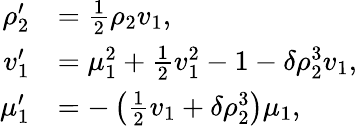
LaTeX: \begin{array}{rl}{\rho_{2}^{\prime}}&{=\frac 12\rho_{2}v_{1},}\\ {v_{1}^{\prime}}&{=\mu_{1}^{2}+\frac 12v_{1}^{2}-1-\delta\rho_{2}^{3}v_{1},}\\ {\mu_{1}^{\prime}}&{=-\left(\frac 12v_{1}+\delta\rho_{2}^{3}\right)\mu_{1},}\end{array}